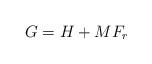
LaTeX: \begin{align*}G = H +M F_r\end{align*}